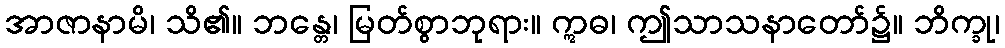
အာဇာနာမိ၊ သိ၏။ ဘန္တေ၊ မြတ်စွာဘုရား။ ဣဓ၊ ဤသာသနာတော်၌။ ဘိက္ခု၊